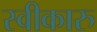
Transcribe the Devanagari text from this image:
स्वीकारु